Holstre_vallavalitsus, lk 46
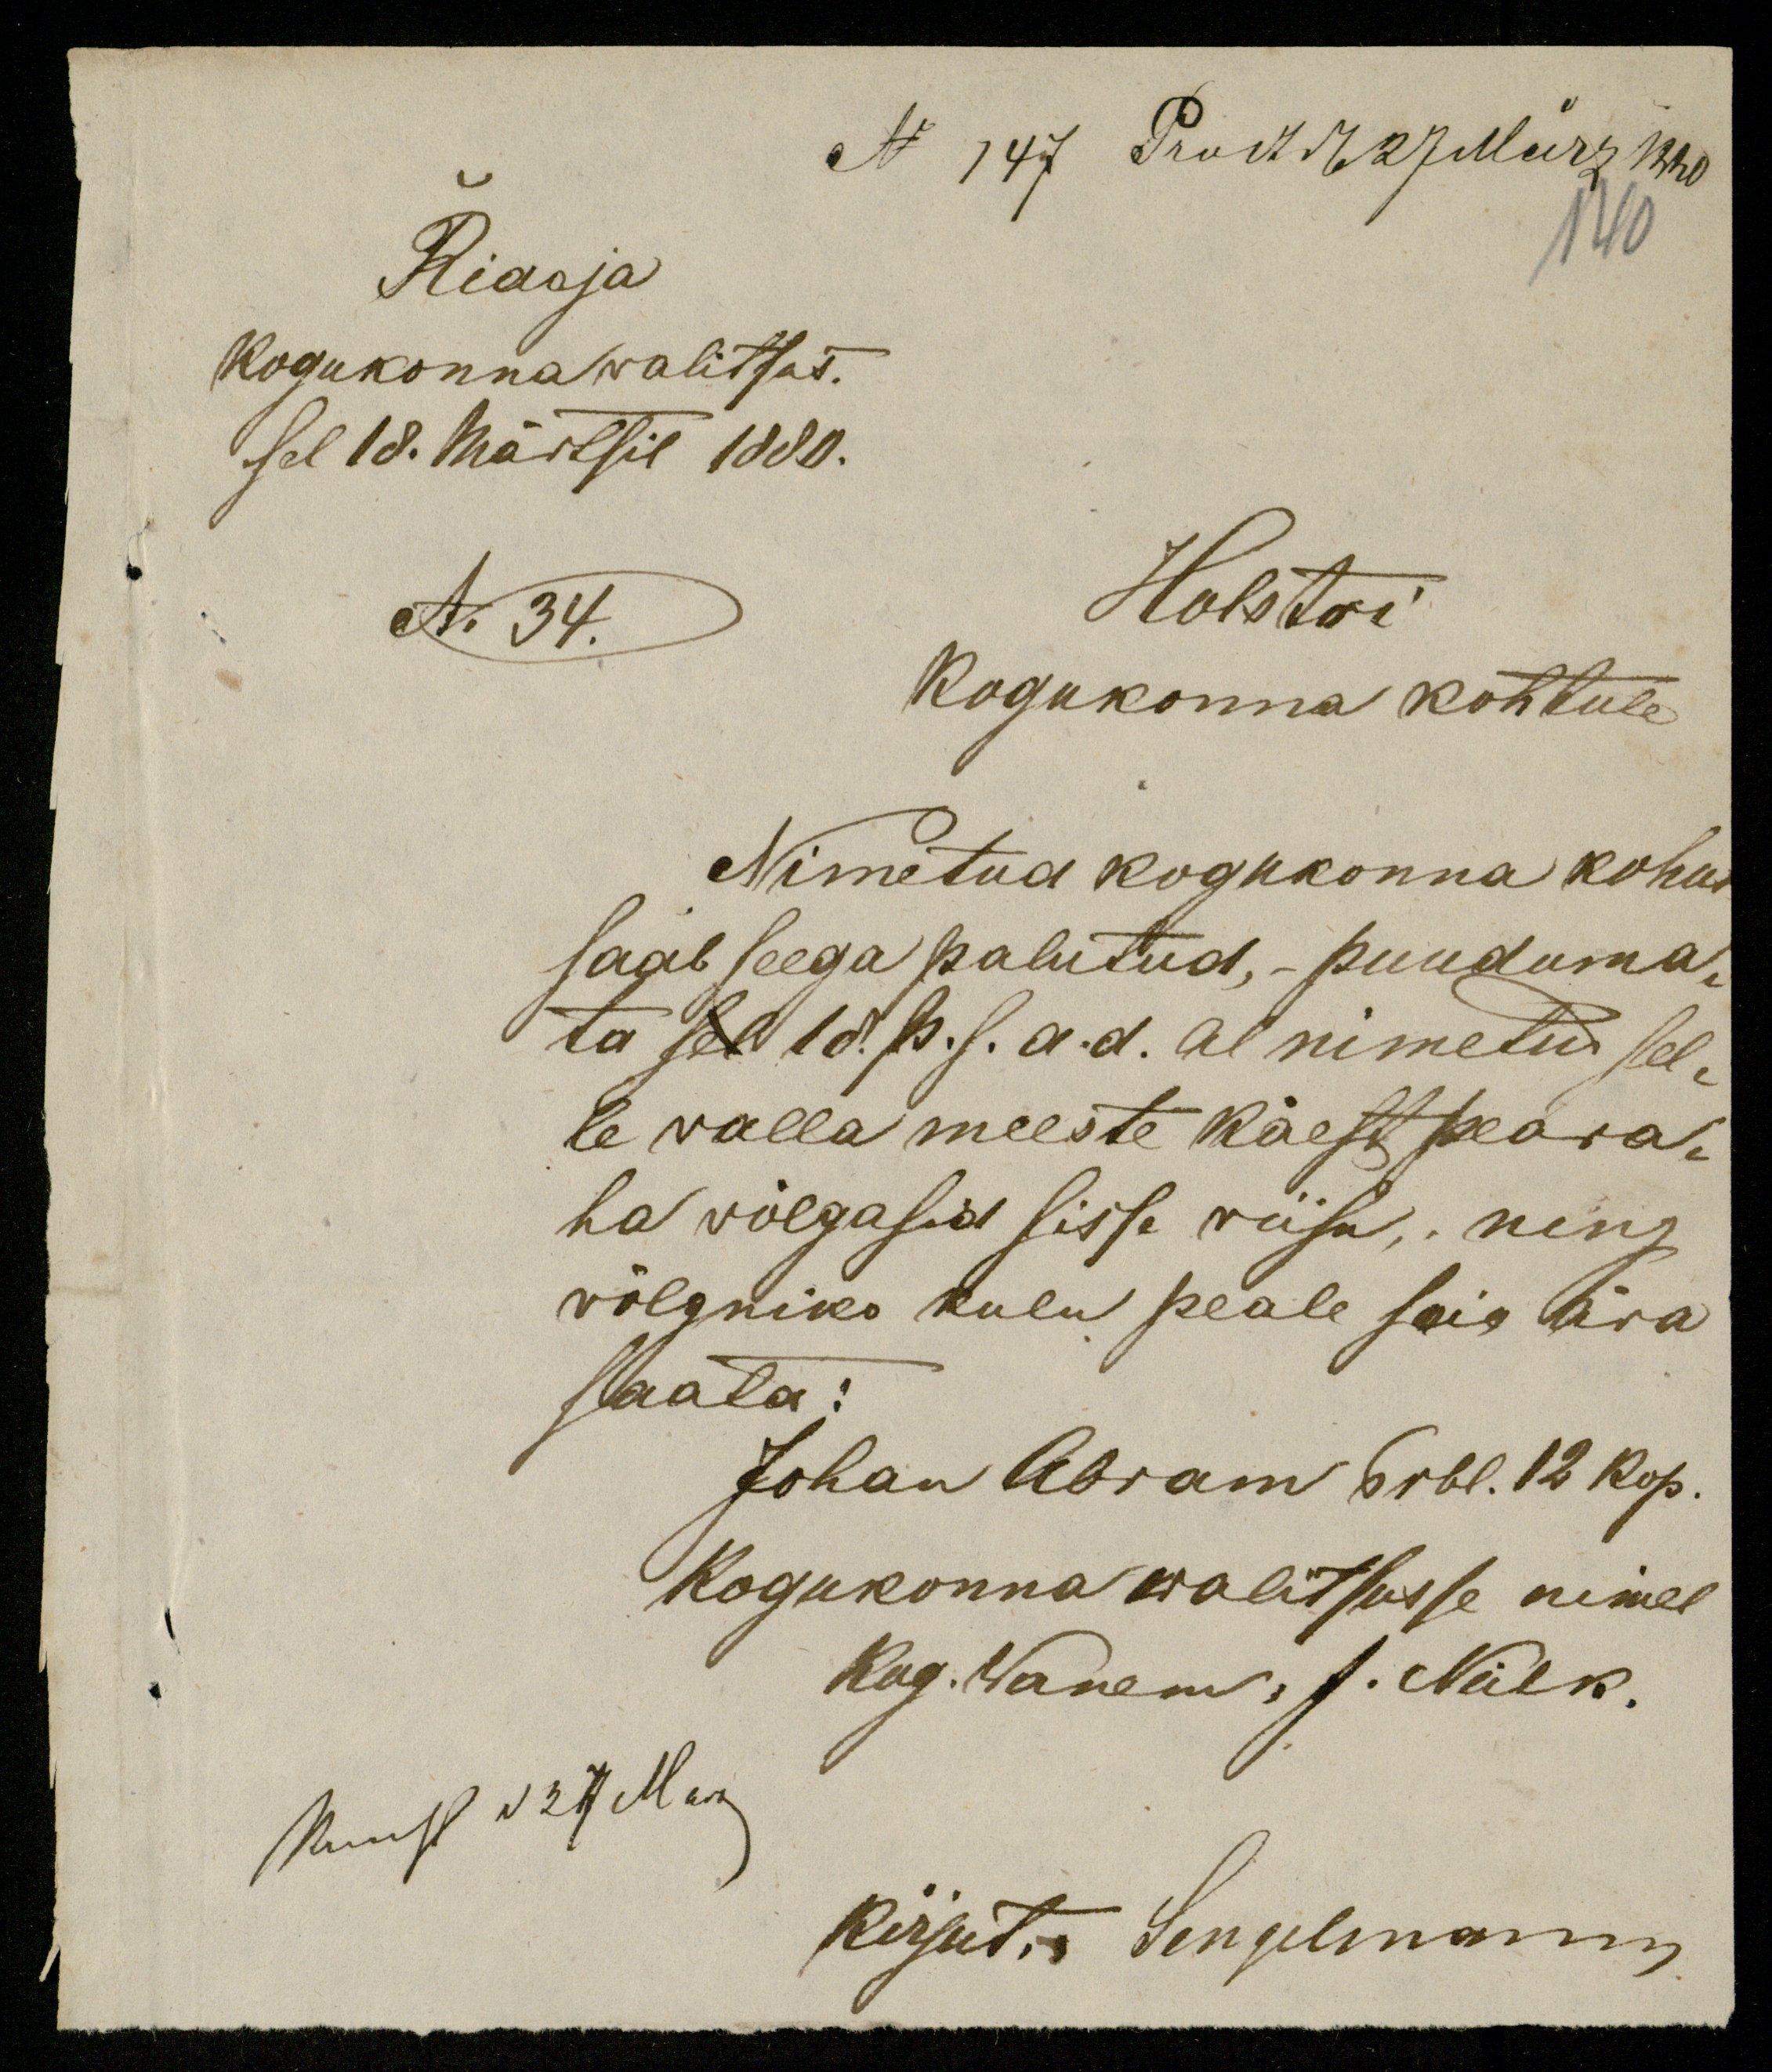
N 147 Prodt d. 27 März 1880
Ridaja
140
Kogukonnawalitsus.
sel 18. Märtsil 1880.
No 34.
Holstri
Kogukonna kohtule
Nimetud kogukonna kohus
saab seega palutud, puuduma-
ta sel 18 p. s. a. d. al nimetud sel-
le walla meeste käest peara-
ha wõlgasid sisse riisu, ning
wõlgniko kulu peale seis ära
saata:
Johan Abram 6 rbl. 12 kop.
Kogukonna walitsusse nimel
Kog. Wanem, J. Nälk.
Muust Jez Men
kirjut. Sengelmann